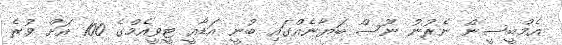
އެމްބީސީން ނެރުނު ނޫސް ބަޔާނެއްގައި ބުނީ އަޑާއީ ޓީވީއެމްގެ 100 އަށް ވުރެ